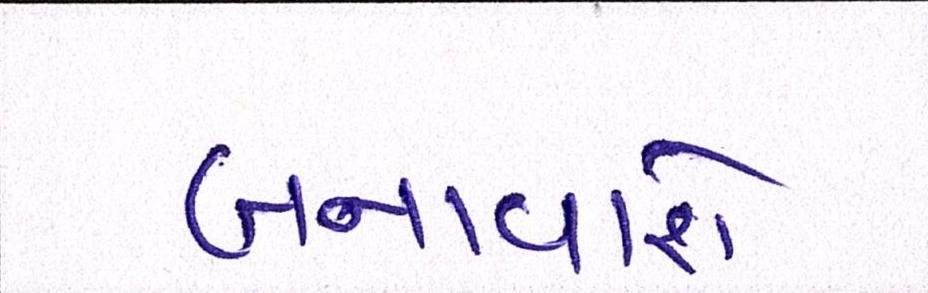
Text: બનાવાશે